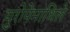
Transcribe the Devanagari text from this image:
युरोपेमाधिले